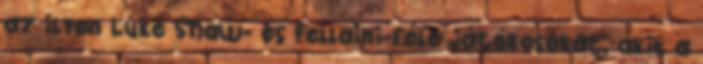
az ilyen Luke Shaw- és Fellaini-féle játékosokat, akik a